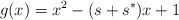
\begin{align*}{}g(x)=x^2-(s+s^*)x+1\end{align*}